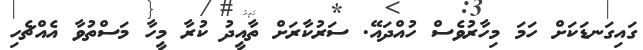
ގައިގަނޑަކަށް ހަމަ މިހާރުވެސް ހުއްދައޭ. ސަރުކާރަށް ތާއީދު ކުރާ މީހާ މަސްތުވާ އެއްޗެހި